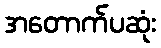
အတောက်ပဆုံး